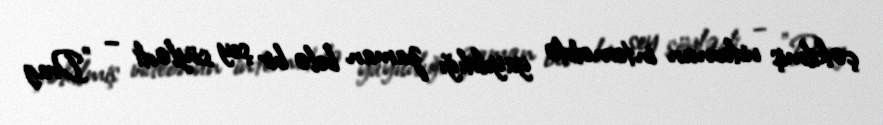
çəkilmiş videonun internetdə yayıldığı zaman belə bir şey söylədi – "Drag